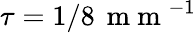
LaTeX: \tau=1/8\, \mathrm{~m~m~}^{-1}